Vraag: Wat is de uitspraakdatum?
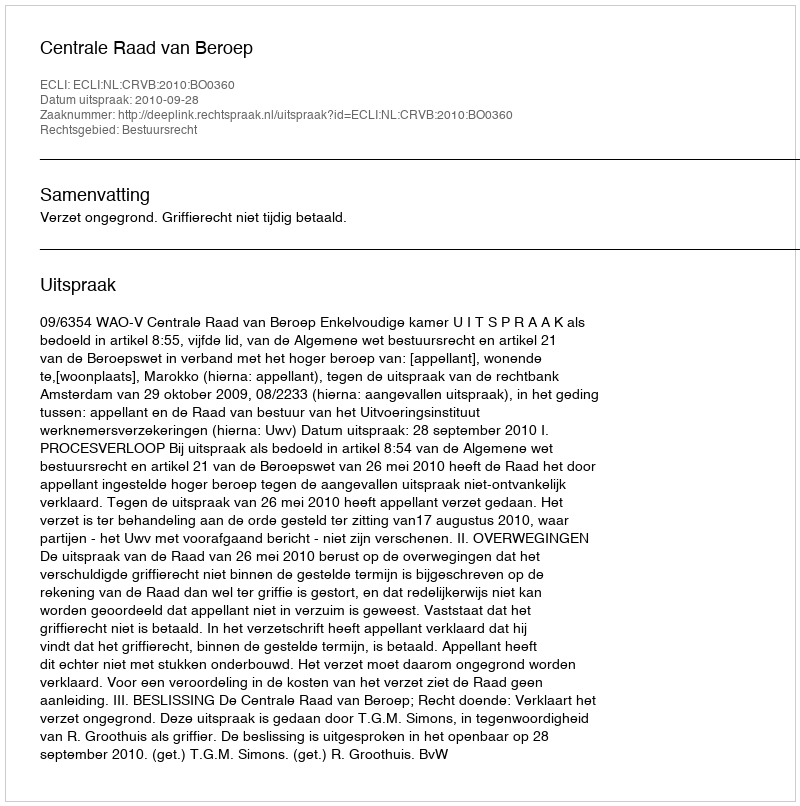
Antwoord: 2010-09-28